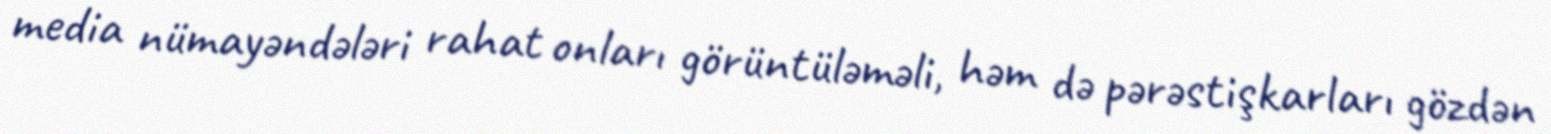
media nümayəndələri rahat onları görüntüləməli, həm də pərəstişkarları gözdən